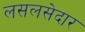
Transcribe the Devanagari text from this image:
लसलसेदार